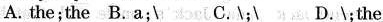
A. the;the B. A;\ C\;\ D.\;the